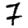
Digit: 7